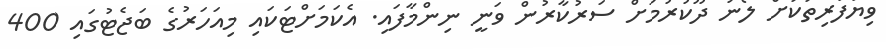
ވިޔަފާރިތަކަށް ލޯނު ދޫކުރުމަށް ސަރުކާރުން ވަނީ ނިންމާފައި. އެކަމަށްޓަކައި މިއަހަރުގެ ބަޖެޓުގައި 400